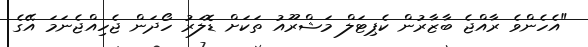
"އެހެންވެ ރާއްޖެ ބާޒާރުން ކެޕިޓަލް މަޝްރޫއު ތަކަށް ޑޮލަރު ހޯދަން ޖެހިއްޖެނަމަ އޭގެ